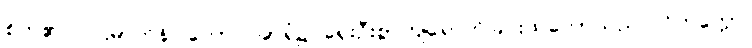
စိတ်၏။ ပဌမာဘိနိပါတော၊ အာရုံ၌ ရှေးဦးစွာကျရောက်ခြင်းသဘောသည်။ ဝိတက္ကော၊